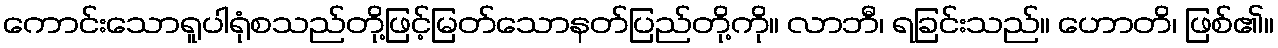
ကောင်းသောရူပါရုံစသည်တို့ဖြင့်မြတ်သောနတ်ပြည်တို့ကို။ လာဘီ၊ ရခြင်းသည်။ ဟောတိ၊ ဖြစ်၏။